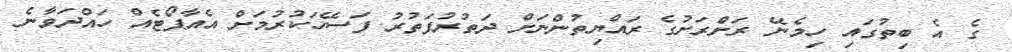
ގެ އެ ބިތުގައި ހިމެނޭ ރަށްރަށުގެ ރައްޔިތުންނަށް ދަތުރުފަތުރު ފަސޭހަކުރުމަށް އެއާޕޯޓެއް ހައްދަވާނެ